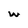
Character: W